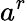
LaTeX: a^{r}